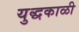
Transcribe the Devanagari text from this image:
युद्धकाळी